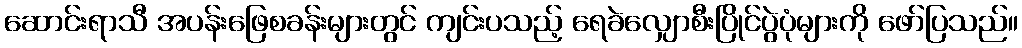
ဆောင်းရာသီ အပန်းဖြေစခန်းများတွင် ကျင်းပသည့် ရေခဲလျှောစီးပြိုင်ပွဲပုံများကို ဖော်ပြသည်။